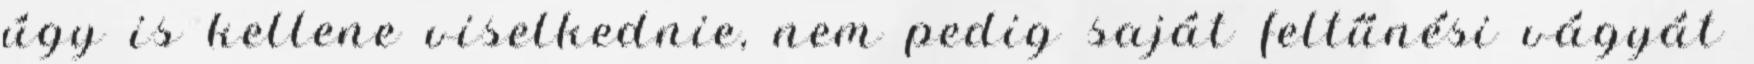
úgy is kellene viselkednie, nem pedig saját feltűnési vágyát